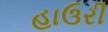
હાઉરી